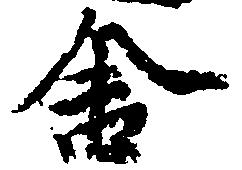
舎